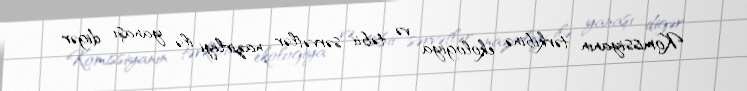
Komissiyanın tərkibinə ekologiya və təbii sərvətlər nazirliyi ilə yanaşı digər